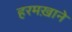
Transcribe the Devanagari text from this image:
हरमख़ाने